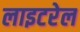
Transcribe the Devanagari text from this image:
लाइटरेल